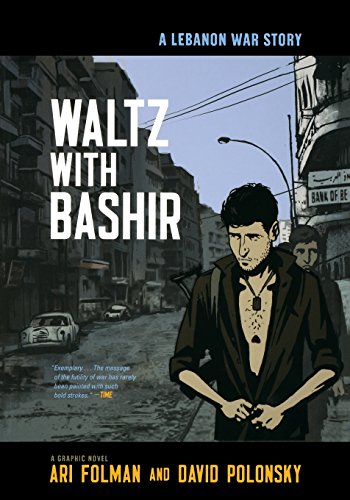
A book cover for Waltz with Bashir: A Lebanon War Story; Ari Folman; History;